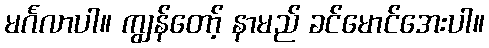
မင်္ဂလာပါ။ ကျွန်တော့် နာမည် ခင်မောင်အေးပါ။